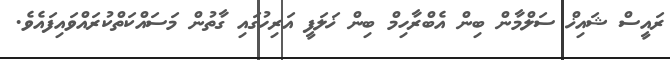
ރައީސް ޝައިޚް ސަލްމާން ބިން އެބްރާހިމް ބިން ޚަލަފީ އަރިހުގައި ގާތުން މަސައްކަތްކުރައްވައިފައެވެ.